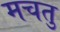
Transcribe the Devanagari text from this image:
मचतु